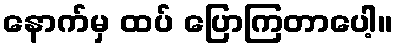
နောက်မှ ထပ် ပြောကြတာပေါ့။